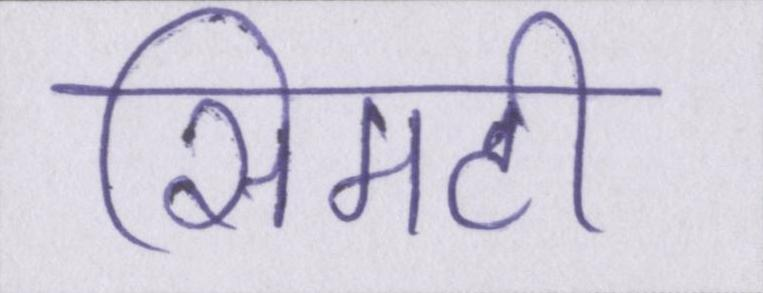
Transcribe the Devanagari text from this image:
सिमटी